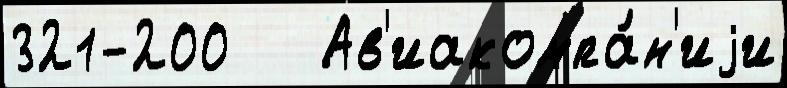
321-200   Ав'иакомпа́н'иjи